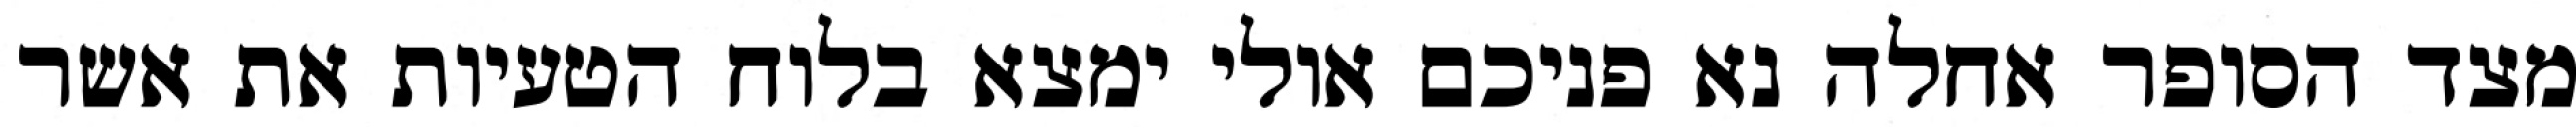
מצד הסופר אחלה נא פניכם אולי ימצא בלוח הטעיות את אשר